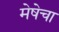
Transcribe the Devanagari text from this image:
मेषेचा